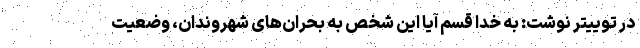
در توییتر نوشت: به خدا قسم آیا این شخص به بحران‌های شهروندان، وضعیت